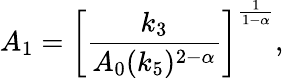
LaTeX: {A}_{1}=\left[\frac{k_{3}}{A_{0}(k_{5})^{2-\alpha}}\right]^{\frac{1}{1-\alpha}},